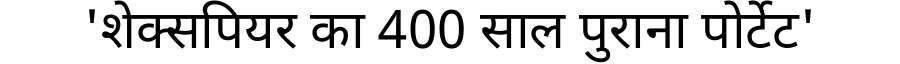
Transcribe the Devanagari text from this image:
'शेक्सपियर का 400 साल पुराना पोर्टेट'